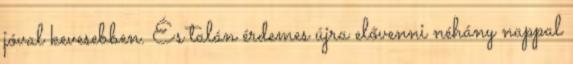
jóval kevesebben. És talán érdemes újra elővenni néhány nappal